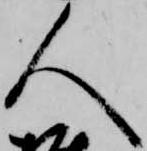
人